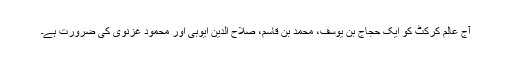
آج عالمِ کرکٹ کو ایک حجاج بن یوسف، محمد بن قاسم، صلاح الدین ایوبی اور محمود غزنوی کی ضرورت ہے۔